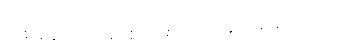
တစ်ချိန်တည်းမှာ စိတ်ဓာတ် ကြံ့ခိုင်စေချင်တယ်။